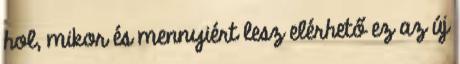
hol, mikor és mennyiért lesz elérhető ez az új